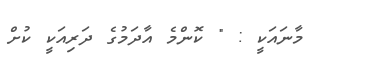
މާނައަކީ : " ކޮންމެ އާދަމުގެ ދަރިއަކީ ކުށް